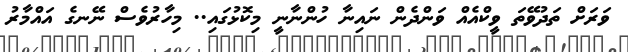
ވަރަށް ތަދުވޭތަ ވީކްއެއް ވަންދެން ނައިނާ ހުންނާނީ މިކޮޅުގައި.. މިހާރުވެސް ނޭނގެ އައްމާރު